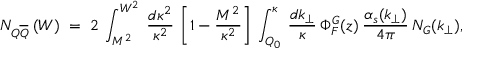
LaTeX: N _ { Q \overline { { { Q } } } } \: ( W ) \; = \; 2 \: \int _ { M ^ { 2 } } ^ { W ^ { 2 } } \: \frac { d \kappa ^ { 2 } } { \kappa ^ { 2 } } \: \left[ 1 - \frac { M ^ { 2 } } { \kappa ^ { 2 } } \right] \: \int _ { Q _ { 0 } } ^ { \kappa } \: \frac { d k _ { \perp } } { \kappa } \: \Phi _ { F } ^ { G } ( z ) \: \frac { \alpha _ { s } ( k _ { \perp } ) } { 4 \pi } \: N _ { G } ( k _ { \perp } ) ,